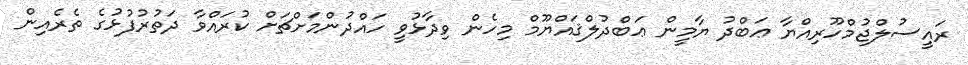
ރައީސުލްޖުމްހޫރިއްޔާ ޢަބްދު ޔާމީން ޢަބްދުލްޤައްޔޫމް މިހެން ވިދާޅުވީ ހައްދުންމަށްޗަށް ކުރައްވާ ދަތުރުފުޅުގެ ތެރެއިން